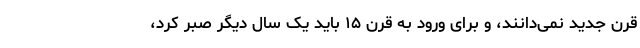
قرن جدید نمی‌دانند، و برای ورود به قرن ۱۵ باید یک سال دیگر صبر کرد،